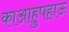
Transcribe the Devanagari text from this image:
काआहुपहाऊ